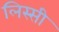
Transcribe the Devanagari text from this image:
लिस्सी